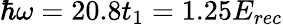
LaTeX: \hbar\omega=20.8t_{1}=1.25E_{rec}